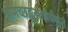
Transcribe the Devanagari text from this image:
श्रीमच्छङ्कराचार्यकृतं